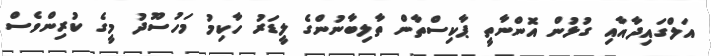
އަލްގައިދާއާއި ގުޅުން އޮންނާތީ ޕާކިސްތާން ތާލިބާނުންގެ ލީޑަރު ހާކިމު މަހުސޫދު މީގެ ކުރިންވެސް